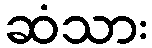
ဆံသား